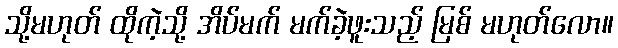
သို့မဟုတ် ထိုကဲ့သို့ အိပ်မက် မက်ခဲ့ဖူးသည့် မြစ် မဟုတ်လော။